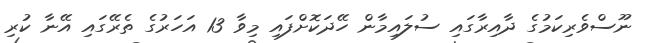
ނޫސްވެރިކަމުގެ ދާއިރާގައި ސުލައިމާން ހޭދަކޮށްފައި މިވާ 13 އަހަރުގެ ތެރޭގައި އޭނާ ކުރި